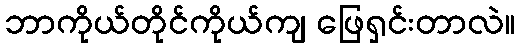
ဘာကိုယ်တိုင်ကိုယ်ကျ ဖြေရှင်းတာလဲ။